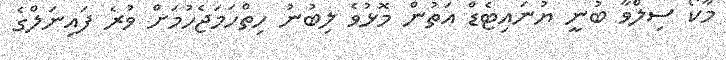
މާކޯ ސިލްވާ ބުނީ ޔުނައިޓެޑް އަތުން މޮޅުވެ ލިބުނު ހިތްހަމަޖެހުމަށް ވުރެ ފައިނަލްގެ